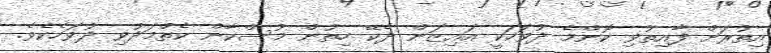
އިތުރަށް ފާއިތުވި ކޮންމެ ދުވަހަކީ އައިޒަން ދެކޭ ހިތުން މުސްކާން ކެތްމަދުވި ދުވަހެކެވެ.